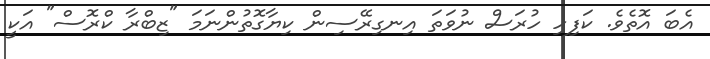
އެބަ އޮތެވެ. ކަފިހި ހުރަސް ނުވަތަ އިނގިރޭސިން ކިޔާގޮތުންނަމަ "ޒިބްރާ ކްރޮސް" އަކީ